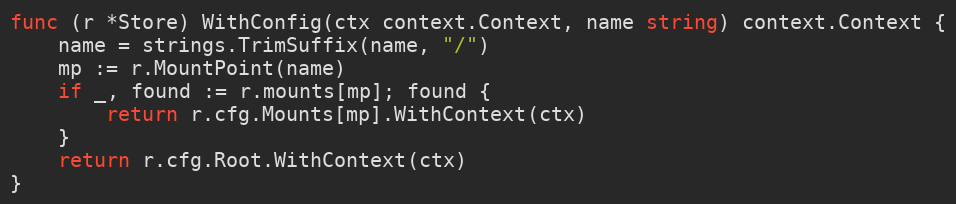
Language: Go
func (r *Store) WithConfig(ctx context.Context, name string) context.Context {
	name = strings.TrimSuffix(name, "/")
	mp := r.MountPoint(name)
	if _, found := r.mounts[mp]; found {
		return r.cfg.Mounts[mp].WithContext(ctx)
	}
	return r.cfg.Root.WithContext(ctx)
}